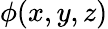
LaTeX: \phi(x,y,z)